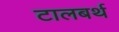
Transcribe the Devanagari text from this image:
टालबर्थ